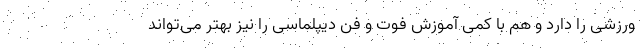
ورزشی را دارد و هم با کمی آموزش فوت و فن دیپلماسی را نیز بهتر می‌تواند